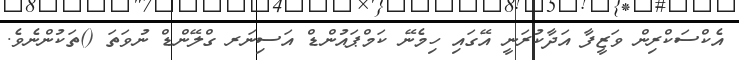
އެކްސަކްރިން ވަޒީފާ އަދާކުރަނީ އޭގައި ހިމެނޭ ކަމްޕައުންޑް އަސިނަރ ގްލޭންޑް ނުވަތަ ()ތަކުންނެވެ.